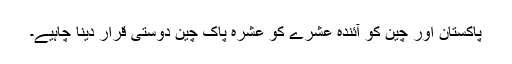
پاکستان اور چین کو آئندہ عشرے کو عشرہ پاک چین دوستی قرار دینا چاہیے۔